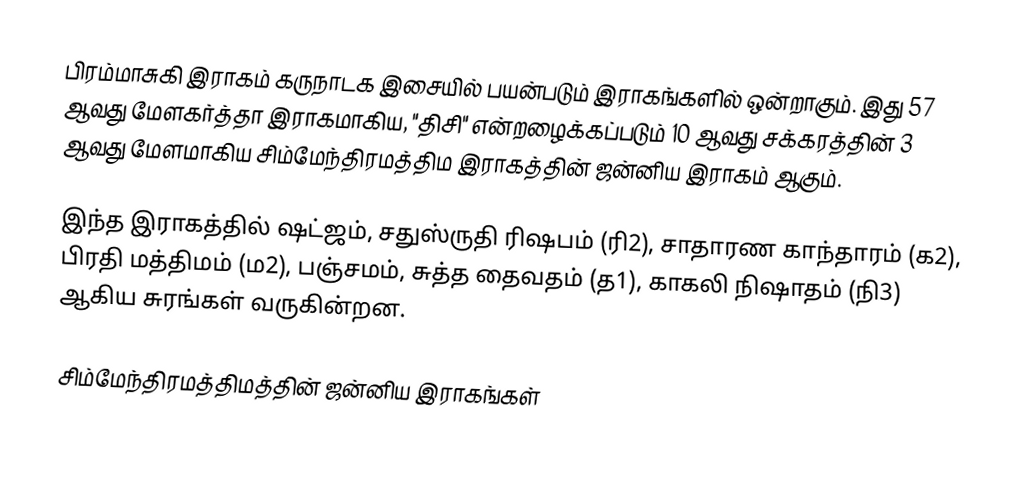
பிரம்மாசுகி இராகம் கருநாடக இசையில் பயன்படும் இராகங்களில் ஒன்றாகும். இது 57 ஆவது மேளகர்த்தா இராகமாகிய, "திசி" என்றழைக்கப்படும் 10 ஆவது சக்கரத்தின் 3 ஆவது மேளமாகிய சிம்மேந்திரமத்திம இராகத்தின் ஜன்னிய இராகம் ஆகும்.

இந்த இராகத்தில் ஷட்ஜம், சதுஸ்ருதி ரிஷபம் (ரி2),  சாதாரண காந்தாரம் (க2), பிரதி மத்திமம் (ம2), பஞ்சமம்,  சுத்த தைவதம் (த1), காகலி நிஷாதம்  (நி3) ஆகிய சுரங்கள் வருகின்றன.

சிம்மேந்திரமத்திமத்தின் ஜன்னிய இராகங்கள்